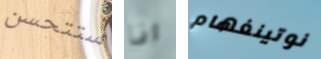
ستتحسن انا نوتينغهام